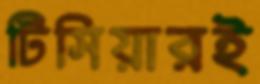
টিসিয়ারই